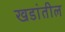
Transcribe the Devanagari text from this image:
खडांतील